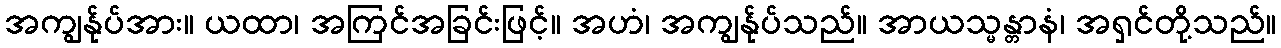
အကျွန်ုပ်အား။ ယထာ၊ အကြင်အခြင်းဖြင့်။ အဟံ၊ အကျွန်ုပ်သည်။ အာယသ္မန္တာနံ၊ အရှင်တို့သည်။